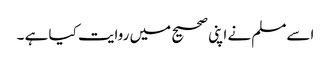
اسےمسلم نے اپنی صحیح میں روایت کیا ہے ۔